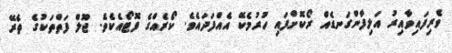
ވެރިފައިވާއިރު އަލިފާންގަނޑެއް ރޯކޮށްފައި ހުރުމެކޭ އެއްފަދައެވެ. ކޯރެއްގެ ފޮޓޯއެކެވެ. ޖޫލް ފަތްތަކުގެ ތެރޭ